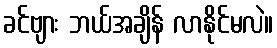
ခင်ဗျား ဘယ်အချိန် လာနိုင်မလဲ။